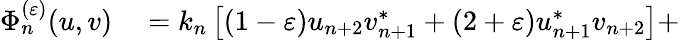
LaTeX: \begin{array}{rl}{\Phi_{n}^{(\varepsilon)}(u,v)}&{{}=k_{n}\left[(1-\varepsilon)u_{n+2}v_{n+1}^{\ast}+(2+\varepsilon)u_{n+1}^{\ast}v_{n+2}\right]+}\end{array}